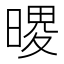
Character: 𪰺